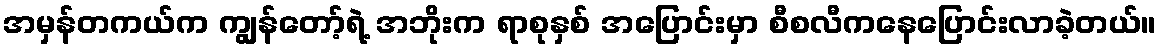
အမှန်တကယ်က ကျွန်တော့်ရဲ့ အဘိုးက ရာစုနှစ် အပြောင်းမှာ စီစလီကနေပြောင်းလာခဲ့တယ်။